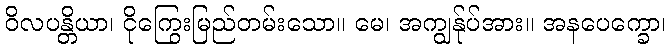
ဝိလပန္တိယာ၊ ငိုကြွေးမြည်တမ်းသော။ မေ၊ အကျွန်ုပ်အား။ အနပေက္ခော၊